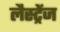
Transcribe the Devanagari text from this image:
लैस्ट्रेंज